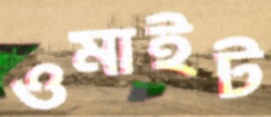
ওমাইট